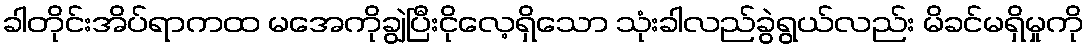
ခါတိုင်းအိပ်ရာကထ မအေကိုချွဲပြီးငိုလေ့ရှိသော သုံးခါလည်ခွဲရွယ်လည်း မိခင်မရှိမှုကို